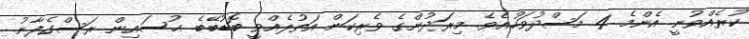
ކުރެއްވުނީ އެންމެ 4 މަސްދުވަހުއެވެ. މިރަދުންގެ ވެރިކަން އަތުލެއްވީ ބޮޑުބޭބެ ޙުސައިން ރަސްގެފާނު